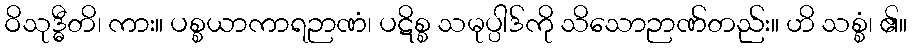
ဝိသုဒ္ဓီတိ၊ ကား။ ပစ္စယာကာရဉာဏံ၊ ပဋိစ္စ သမုပ္ပါဒ်ကို သိသောဉာဏ်တည်း။ ဟိ သစ္စံ၊ ၏။